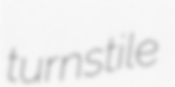
turnstile